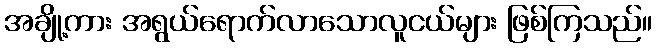
အချို့ကား အရွယ်ရောက်လာသောလူငယ်များ ဖြစ်ကြသည်။